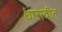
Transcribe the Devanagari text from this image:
धारावीत